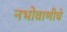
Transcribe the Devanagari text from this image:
नभोवाणीचे